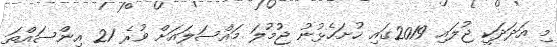
މި އަދަދަކީ ޖުލައި 2019ގައި ހުށަހެޅުނު ޖުމުލަ މައްސަލައަށް ވުރެ 21 އިންސައްތަ